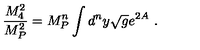
\frac { M _ { 4 } ^ { 2 } } { M _ { P } ^ { 2 } } = M _ { P } ^ { n } \int d ^ { n } y \sqrt { g } e ^ { 2 A } \ .